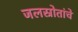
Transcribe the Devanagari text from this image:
जलस्रोतांचे